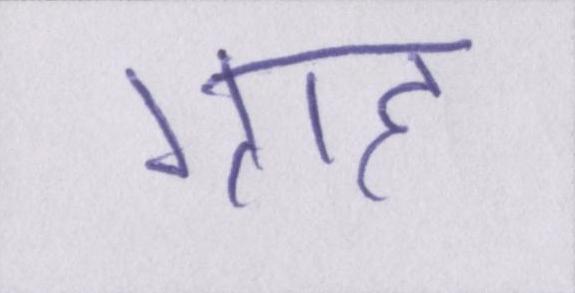
ग्राह्य